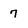
Character: 7